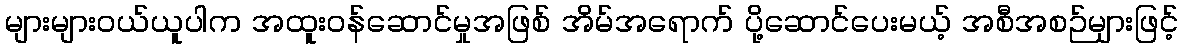
များများဝယ်ယူပါက အထူးဝန်ဆောင်မှုအဖြစ် အိမ်အရောက် ပို့ဆောင်ပေးမယ့် အစီအစဉ်များဖြင့်